Vaike-Kopu_(Puiatu)_vallavalitsus, lk 23
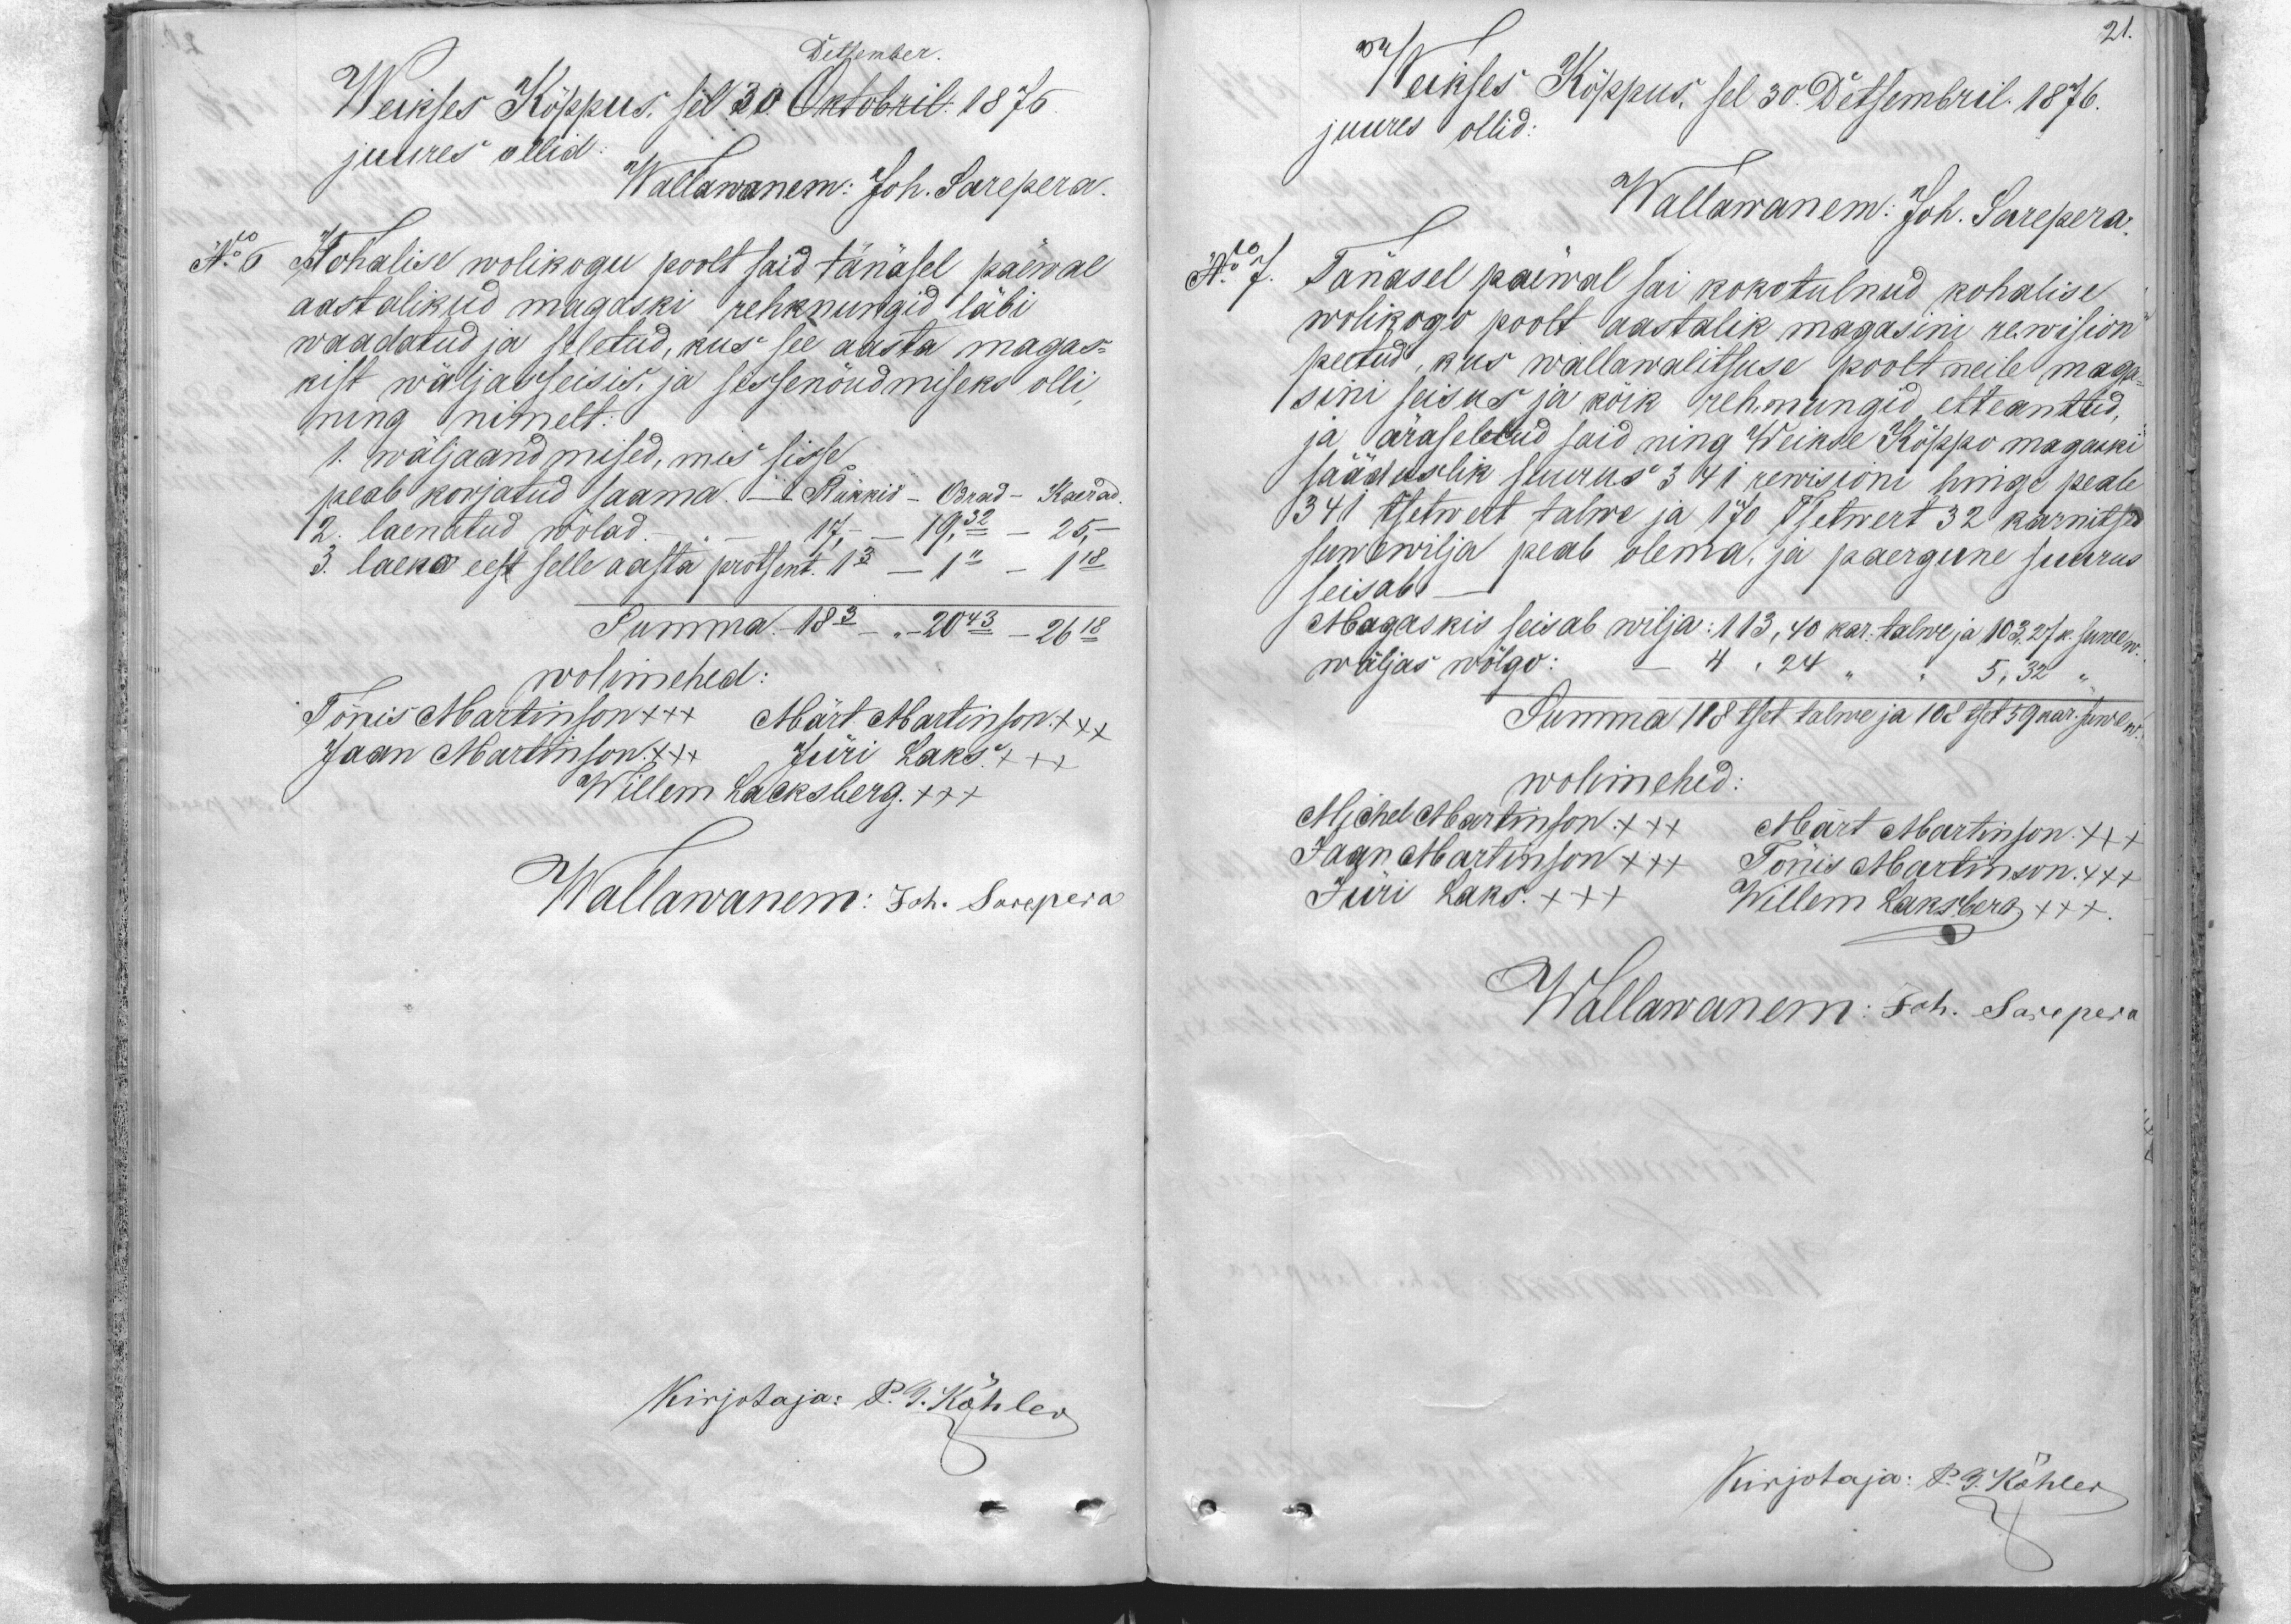
21.

Weikses Köppus, sel 30. Detsembril 1876.
juures ollid:
Wallawanem: Joh. Sarepera.
No 7.
Tänasel päeval sai kokotulnud kohalise
wolikogo poolt aastalik magasini rewision
peetud, kus wallawalitsuse poolt neile maga-
sini seisus ja kõik rehnungid etteantud.
ja äraseletud said ning Weikse Köppo magaski
sääduslik suurus 341 rewisioni hinge peale
341 tsetwert talwe ja 170 Tsetwert 32 karnitsa.
suwewilja peab olema ja paergune suurus
seisab
Magaskis seisab wilja: 113,40 kar. talwe ja 103,27 k. suwew.
wäljas wõlgo:                     4,24                            5,32 "
Summa                            118 tset talwe ja       108 tset 59 kar. suwew
wolimehed
Michel Martinson +++ Mart Martinson +++
Jaan Martinson +++ Tönis Mаrtinson +++
Jüri Laks. +++
Willem Laksberg +++
Wallawanem: Joh. Sarepera

Detsember

Weikses Kõppus sel 30 Oktobril 1876
juures ollid
Wallawanem: Joh. Sarepera.
No 6
Kohalise wolikogu poolt said tänasel päewal
aastalikud magaski rehknungid läbi
waadatud ja seletud, kus see aasta magas-
kist wäljas seisis. ja sissenõudmiseks olli,
ning nimelt:
1. wäljaandmised, mis sisse
peab korjatud saama                 Rukkid - Odrad - Kaerad
2. laenatud wõlad                            17. - 19.32       -25,
3. laeno eest selle aasta protsent  1.03 - .1" -           1.18
Summa                                              18.03 - 20.43       26.18
wolimehed
Tönis Martinson +++ Märt Martinson +++
Jaan Martinson +++ Jüri Laks.
Willem Laksberg +++
Wallawanem: Joh. Sarepera

21.

Keikses Kõppus, sel 30. Detsembril 1876.
juures ollid:
Wallawanem: Joh. Sarepera.
N. 7.
Tänasel päeval sai kokotulnud kohalise
wolikogo poolt aastalik magasini rewision
peetud, kus wallawalitsuse poolt neile maga-
sini seisus ja kõik rehmungid etteantud.
ja äraseletud said ning Weikse Kõppo magandi
saaduslik suurus 3 1/4 1 rewisioni hinge peale
1341 isetwett talwe ja 170 Tsetwert 32 karnitsa.
sunawilja peab olema ja paergune suurus
seisab
Magaskis seisab wilja: 113, 40 kar. talwe ja 103. 27 k. suurem.
wäljas wõlgo: + 4,24 " 5,32 "
Summa 138sest talwe ja 102 tset 59 kop. suwel nr.
wolimehed
Michel Albertinson +++ Mart Martinson +++
Jaan Martinson +++ Tõnis Mаrtinson +++
Jüri Laks. +++
Willem Laksberg +++
Wallawanem: Joh. Sasepera

Kirjotaja P. T. Köhler

Kirjotaja: P. G. Köhler